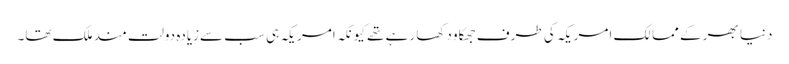
دنیا بھر کے ممالک امریکہ کی طرف جھکاو دکھا رہے تھے کیونکہ امریکہ ہی سب سےزیادہ دولت مند ملک تھا۔